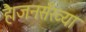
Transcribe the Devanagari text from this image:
है।जनसँख्या